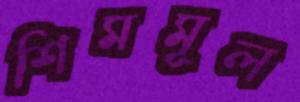
শিমমূল